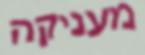
מעניקה